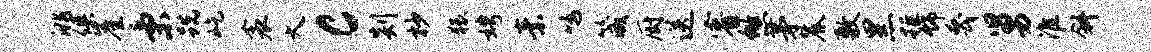
洮俱崖秉跣屹衾大c剡杪猥娉素鸣箴厨送睿悠茅麓敷黑拒饰蔑舅淮斜